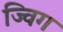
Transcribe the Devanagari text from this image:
ज्विग